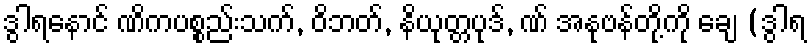
ဒွါရနောင် ဏိကပစ္စည်းသက်, ဝိဘတ်, နိယုတ္တပုဒ်, ဏ် အနုဗန်တို့ကို ချေ (ဒွါရ